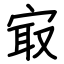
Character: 㝡